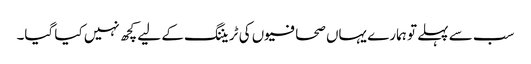
سب سے پہلے تو ہمارے یہاں صحافیوں کی ٹریننگ کے لیے کچھ نہیں کیا گیا۔